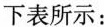
下表所示：